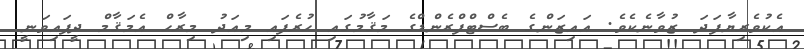
އެކުވެރިޔާފަދަ ޒުވާނެކެވެ. އައިޒަންގެ ބެސްޓްފްރެންޑްގެ މަޤާމުގައި ހުރެފައި މިއަދު މިރާހް އެމަޤާމް ދީފައިވަނީ